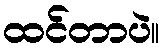
ထင်တာပဲ။